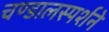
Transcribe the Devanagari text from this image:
चण्डालस्पर्शने